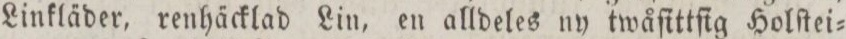
Linkläder, renhäcklad Lin, en alldeles ny twåſittſig Holſtei=